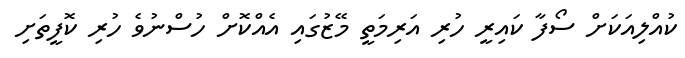
ކުއްލިއަކަށް ސޯފާ ކައިރީ ހުރި އަރިމަތީ މޭޒުގައި އެއްކޮށް ހުސްނުވެ ހުރި ކޮފީތަށި